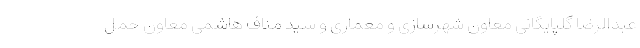
عبدالرضا گلپایگانی معاون شهرسازی و معماری و سید مناف هاشمی معاون حمل